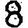
Digit: 8